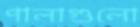
পালাগুলো